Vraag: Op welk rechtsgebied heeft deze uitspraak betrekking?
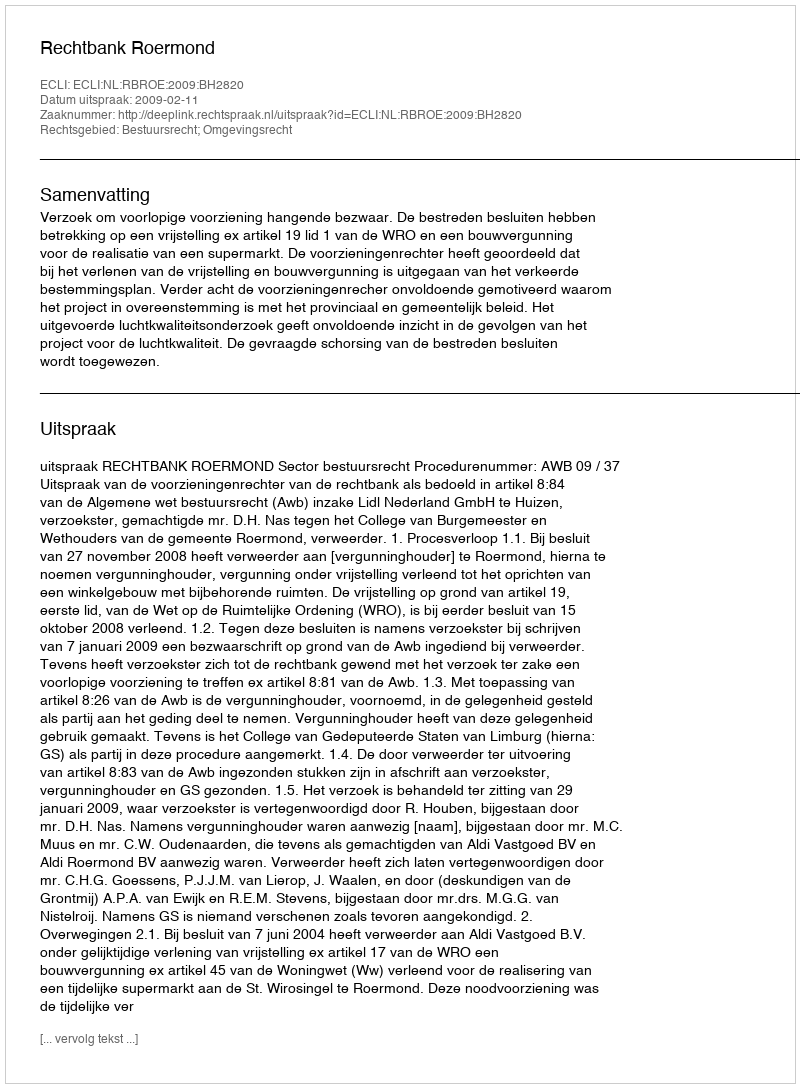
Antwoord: Bestuursrecht; Omgevingsrecht